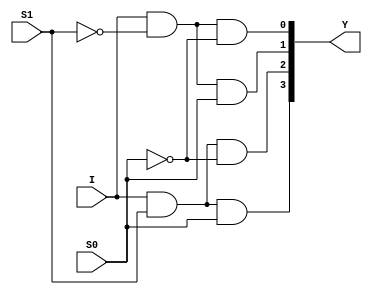
// This program was cloned from: https://github.com/aryanmahawar205/ModelSim-IntelFPGA
// License: GNU General Public License v3.0

//Dataflow Modelling for 1:4 DeMux

module deMux_1_to_4_df(I, S1, S0, Y);
input I; input S1, S0;
output [3:0]Y;
assign Y[0] = I&~S1&~S0;
assign Y[1] = I&~S1&S0;
assign Y[2] = I&S1&~S0;
assign Y[3] = I&S1&S0;
endmodule